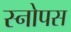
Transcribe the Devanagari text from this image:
स्नोपस